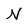
Character: N